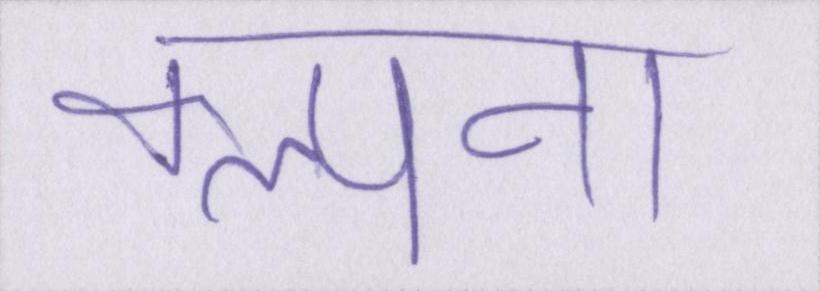
कल्पना